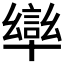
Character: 𭅩